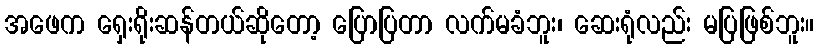
အဖေက ရှေးရိုးဆန်တယ်ဆိုတော့ ပြောပြတာ လက်မခံဘူး၊ ဆေးရုံလည်း မပြဖြစ်ဘူး။